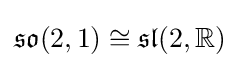
{\mathfrak {so}}(2,1)\cong {\mathfrak {sl}}(2,\mathbb {R} )